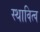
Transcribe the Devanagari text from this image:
स्थावित्व